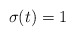
\begin{align*}\sigma(t)=1\end{align*}